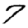
Digit: 7